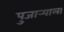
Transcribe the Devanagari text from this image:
पुजार्‍याला